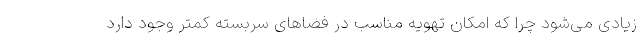
زیادی می‌شود چرا که امکان تهویه مناسب در فضاهای سربسته کمتر وجود دارد